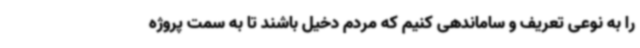
را به نوعی تعریف و ساماندهی کنیم که مردم دخیل باشند تا به سمت پروژه